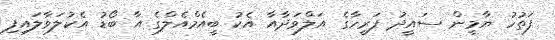
ފަތުހު ޔާމީން ސައީދު ފަރީހާގެ އަލްވަދާއާ އެކު ބީއެމްއެލްގެ އާ ބޯޑު އެކުލަވާލައިފި